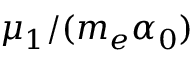
\mu _ { 1 } / ( m _ { e } \alpha _ { 0 } )